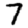
Digit: 7